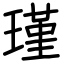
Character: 瑾